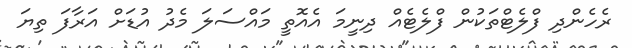
ރެހެންދި ފްލެޓްތަކުން ފްލެޓެއް ދިނީމަ އެއޮތީ މައްސަލަ މެދު އުޑަށް އަރާފަަ ތިޔަ